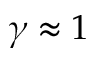
\gamma \approx 1